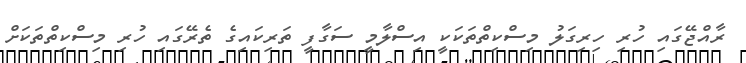
ރާއްޖޭގައި ހުރި ހިރިގަލު މިސްކިތްތަކަކީ އިސްލާމީ ސަގާފީ ތަރިކައިގެ ތެރޭގައި ހުރި މިސްކިތްތަކަށް